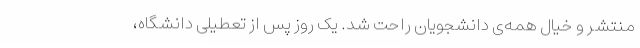
منتشر و خیال همه‌ی دانشجویان راحت شد. یک روز پس از تعطیلی دانشگاه،